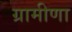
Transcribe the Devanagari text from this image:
ग्रामीणा